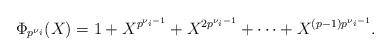
LaTeX: \begin{align*}\Phi_{p^{\nu_i}}(X) = 1+X^{p^{\nu_i-1}}+X^{2p^{\nu_i-1}}+\cdots+X^{(p-1)p^{\nu_i-1}}.\end{align*}